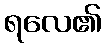
ရလေ၏